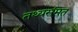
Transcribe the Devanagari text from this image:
तथ्यसंमत